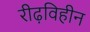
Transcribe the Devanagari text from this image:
रीढ़विहीन